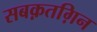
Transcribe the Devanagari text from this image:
सबक़तग़िन